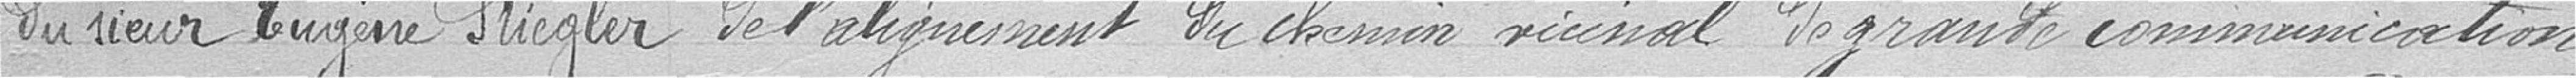
du sieur Eugène Stiegler de l'alignement du chemin vicinal de grande communication